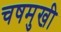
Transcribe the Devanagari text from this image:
चषमुखी